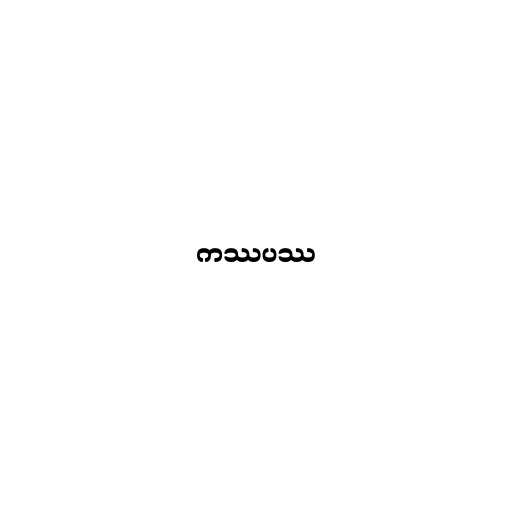
ကဿပဿ